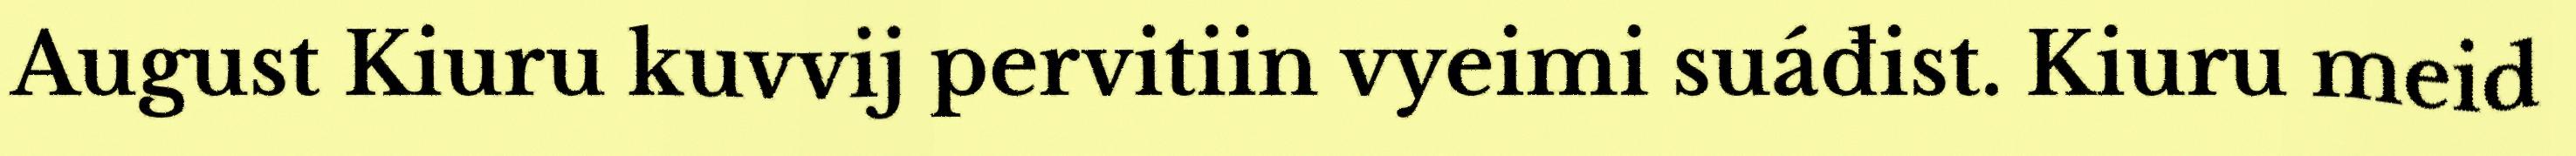
August Kiuru kuvvij pervitiin vyeimi suáđist. Kiuru meid